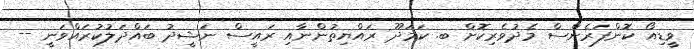
ވީޑިއޯ ކޮންފަރެންސް މެދުވެރިކޮށް ބ. ކަމަދޫ ރައްޔިތުންނާއި ރައީސް ނަޝީދު ބައްދަލުކުރައްވަނީ --